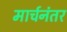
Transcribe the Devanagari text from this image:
मार्चनंतर